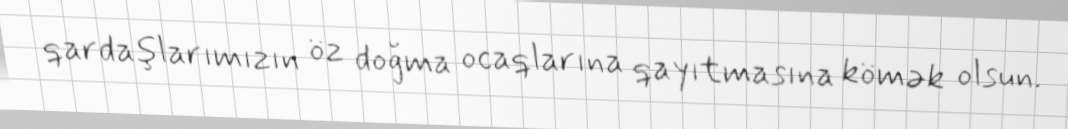
qardaşlarımızın öz doğma ocaqlarına qayıtmasına kömək olsun.